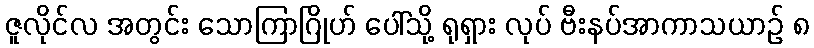
ဇူလိုင်လ အတွင်း သောကြာဂြိုဟ် ပေါ်သို့ ရုရှား လုပ် ဗီးနပ်အာကာသယာဉ် ၈